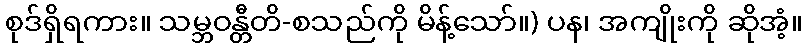
စုဒ်ရှိရကား။ သမ္ဘဝန္တီတိ-စသည်ကို မိန့်သော်။) ပန၊ အကျိုးကို ဆိုအံ့။